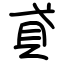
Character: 貣